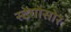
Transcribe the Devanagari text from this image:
स्टेगोसोर